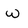
Character: w